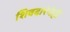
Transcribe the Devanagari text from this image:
शिवदारेनेही